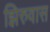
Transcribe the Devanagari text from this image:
झिरुवास